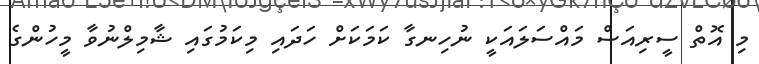
މި އޮތް ސީރިއަސް މައްސަލައަކީ ނުހިނގާ ކަމަކަށް ހަދައި މިކަމުގައި ޝާމިލްނުވާ މީހުންގެ